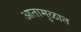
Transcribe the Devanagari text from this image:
आतामुळात